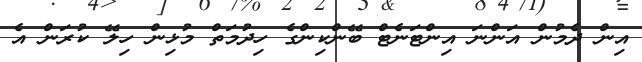
އިން ދެމުން އަންނަ އިންޓަނެޓް ބޭންކިންގެ ހިދުމަތް މުޅިން ހިލޭ ކުރަން އެ